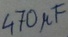
Text: 470µF